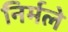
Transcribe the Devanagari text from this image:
निर्मले